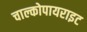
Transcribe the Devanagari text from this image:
चाल्कोपायराइट